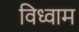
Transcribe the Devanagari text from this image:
विध्वाम